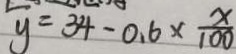
y = 3 4 - 0 . 6 \times \frac { x } { 1 0 0 }